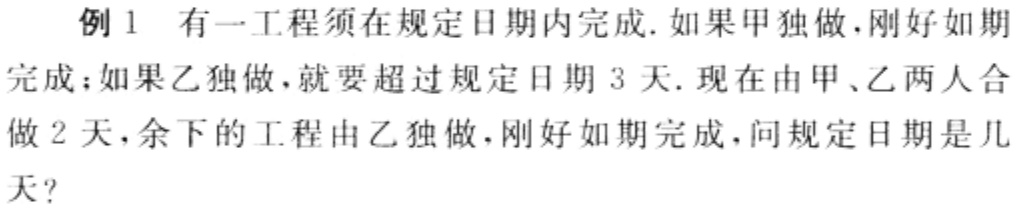
例1 有一工程须在规定日期内完成.如果甲独做，刚好如期完成；如果乙独做，就要超过规定日期3天.现在由甲、乙两人合做2天，余下的工程由乙独做，刚好如期完成，问规定日期是几天？